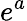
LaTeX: e^{a}